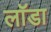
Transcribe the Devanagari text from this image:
लॉडा